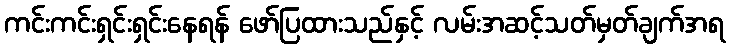
ကင်းကင်းရှင်းရှင်းနေရန် ဖော်ပြထားသည်နှင့် လမ်းအဆင့်သတ်မှတ်ချက်အရ